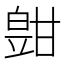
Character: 𤾑